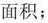
面积；